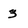
Character: 3